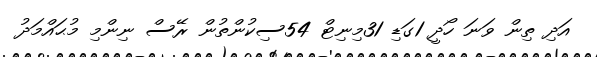
އަދި ތިން ވަނަ ހޯދީ 1ގަޑި 31މިނިޓް 54ސިކުންތުން ރޭސް ނިންމި މުޙައްމަދު